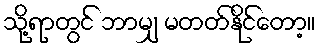
သို့ရာတွင် ဘာမျှ မတတ်နိုင်တော့။